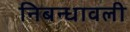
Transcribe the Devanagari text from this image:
निबन्धावली